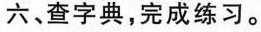
六、查字典，完成练习。